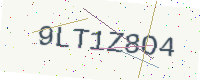
Text: 9LT1Z8O4